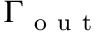
\Gamma _ { \mathrm { ~ o ~ u ~ t ~ } }